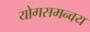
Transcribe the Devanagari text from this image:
योगसमन्वय